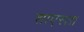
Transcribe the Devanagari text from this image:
शाएस्ता